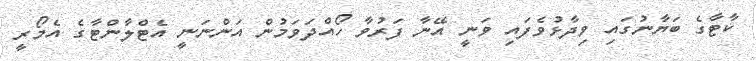
ކާޓާގެ ބަޔާނުގައި ވިދާޅުވެފައި ވަނީ އޭނާ ފަރުވާ ހޯއްދަވަމުން އަންނަނީ އެޓްލާންޓާގެ އެމޯރީ